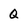
Character: Q